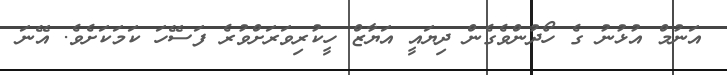
އަނުމް އުޅުނު ގެ ހޯދުންވެގެން ދިޔައީ އަޔާޒް ހީކުރިވަރަށްވުރެ ފަސޭހަ ކަމަކަށެވެ. އޭނަ